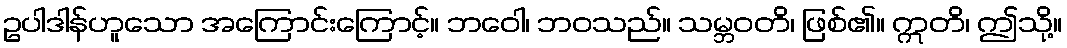
ဥပါဒါန်ဟူသော အကြောင်းကြောင့်။ ဘဝေါ၊ ဘဝသည်။ သမ္ဘဝတိ၊ ဖြစ်၏။ ဣတိ၊ ဤသို့။